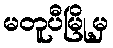
မတူပီမြို့မှ